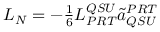
\begin{array} { r } { L _ { N } = - \frac { 1 } { 6 } L _ { P R T } ^ { Q S U } \tilde { a } _ { Q S U } ^ { P R T } } \end{array}